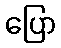
ပြော